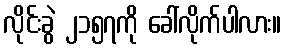
လိုင်းခွဲ ၂၁၅၇ကို ခေါ်လိုက်ပါလား။